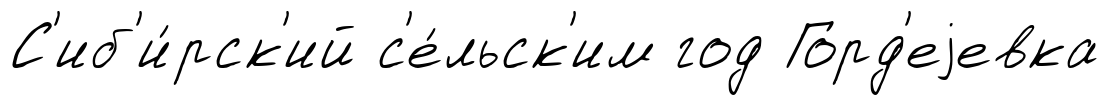
С'иб'и́рск'ий с'е́льск'им год Горд'еjевка